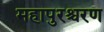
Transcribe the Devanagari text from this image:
महापुरश्चरण